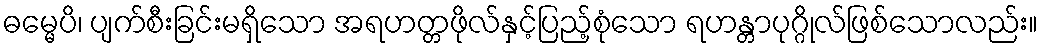
ဓမ္မေပိ၊ ပျက်စီးခြင်းမရှိသော အရဟတ္တဖိုလ်နှင့်ပြည့်စုံသော ရဟန္တာပုဂ္ဂိုလ်ဖြစ်သောလည်း။